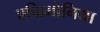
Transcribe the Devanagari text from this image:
एग्रिमोनिया